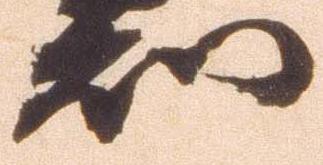
知